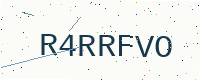
Text: R4RRFVO